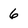
Character: 6